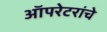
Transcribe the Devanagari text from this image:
ऑपरेटरांचे